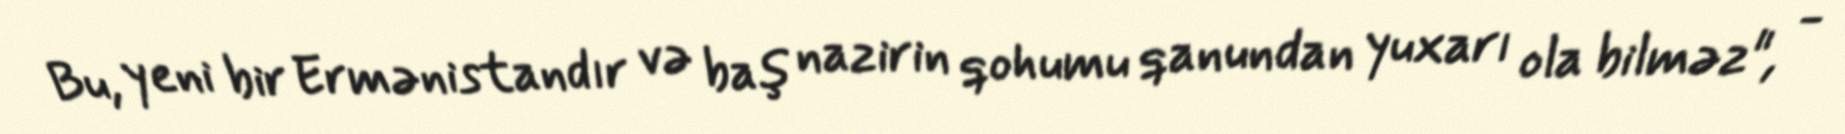
Bu, yeni bir Ermənistandır və baş nazirin qohumu qanundan yuxarı ola bilməz", -